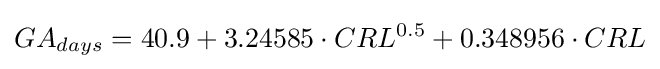
GA_{days}=40.9+3.24585\cdot CRL^{0.5}+0.348956\cdot CRL